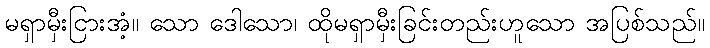
မရှာမှီးငြားအံ့။ သော ဒေါသော၊ ထိုမရှာမှီးခြင်းတည်းဟူသော အပြစ်သည်။